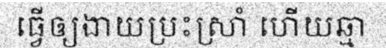
ធ្វើឲ្យងាយប្រះស្រាំ ហើយឆ្មា